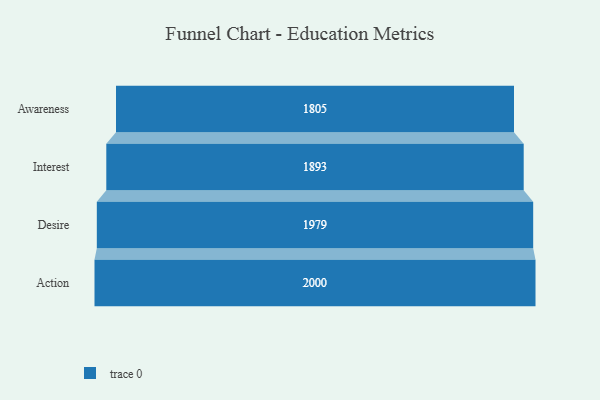
{"axis": {"x": "Stage", "y": "Value"}, "legend": [""], "data": [{"x": "Awareness", "y": 1805.0, "type": ""}, {"x": "Interest", "y": 1893.0, "type": ""}, {"x": "Desire", "y": 1979.0, "type": ""}, {"x": "Action", "y": 2000, "type": ""}]}